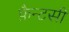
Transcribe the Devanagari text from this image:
फ़ैन्टसी